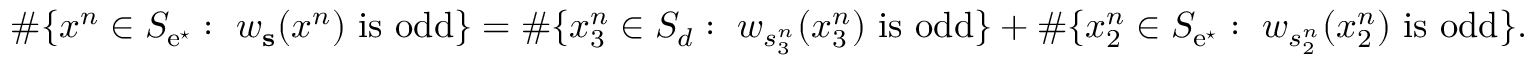
\# \{ x ^ { n } \in S _ { \mathrm { e } ^ { \star } } : \ w _ { \mathbf { s } } ( x ^ { n } ) \mathrm { ~ i s ~ o d d } \} = \# \{ x _ { 3 } ^ { n } \in S _ { d } : \ w _ { s _ { 3 } ^ { n } } ( x _ { 3 } ^ { n } ) \mathrm { ~ i s ~ o d d } \} + \# \{ x _ { 2 } ^ { n } \in S _ { \mathrm { e } ^ { \star } } : \ w _ { s _ { 2 } ^ { n } } ( x _ { 2 } ^ { n } ) \mathrm { ~ i s ~ o d d } \} .